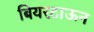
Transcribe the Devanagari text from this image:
बियरटाऊन